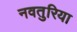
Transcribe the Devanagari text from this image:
नवतुरिया